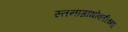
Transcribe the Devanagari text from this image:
स्तनाग्रांभोवतीच्या